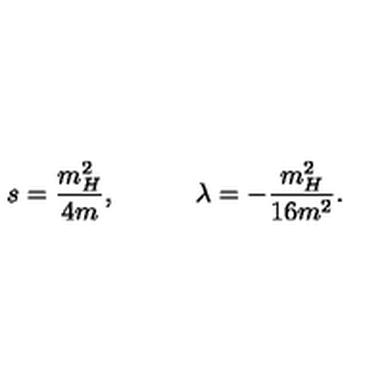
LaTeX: s = \frac { m _ { H } ^ { 2 } } { 4 m } , \quad \quad \quad \lambda = - \frac { m _ { H } ^ { 2 } } { 1 6 m ^ { 2 } } .